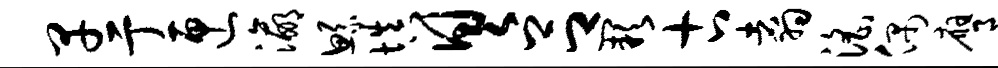
早亍匣瀛鲧填具吕缺古翥淫偶膺